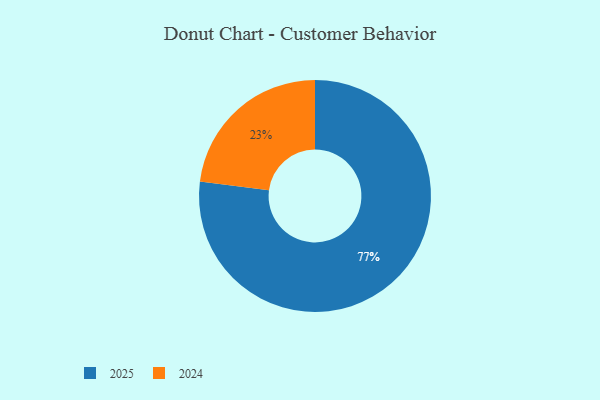
{"axis": {"x": "Category", "y": "Percentage"}, "legend": ["2024", "2025"], "data": [{"x": "2024", "y": 23, "type": "2024"}, {"x": "2025", "y": 77, "type": "2025"}]}